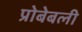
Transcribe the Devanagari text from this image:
प्रोबेबली